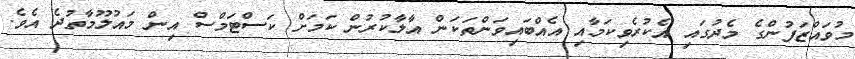
މުވައްޒަފުންގެ މެދުގައި އެކުރެވިކަމާއި އެއްބައިވަންތަކަން އާލާކުރުން ކަމަށް ކަސްޓަމްސް އިން މައުލޫމާތުދެ އެވެ.